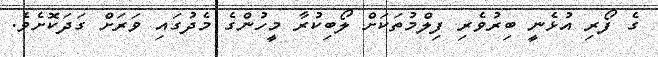
ގެ ފޯރި އުޅެނީ ބިރުވެރި ފިލްމުތަކަށް ލޯބިކުރާ މީހުންގެ މެދުގައި ވަރަށް ގަދަކޮށެވެ.